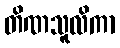
တိဏသူလိကာ